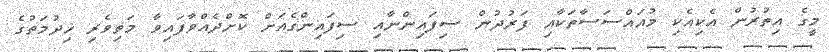
މީގެ އިތުރުން އެކިއެކި މުއައްސަސާތަކާއި ފަރުދުން ސިފައިންނާއި ސިފައިންގެއަށް ކޮށްދެއްވާފައިވާ މަތިވެރި ޚިދުމަތުގެ